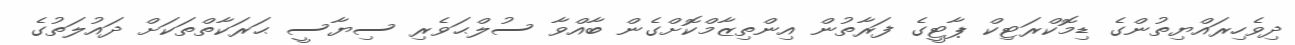
ދިވެހިރައްޔިތުންގެ ޑިމޮކްރަޓިކް ޕާޓީގެ ފަރާތުން އިންތިޒާމްކޮށްގެން ބާއްވާ ސުލްޙަވެރި ސިޔާސީ ޙަރަކާތްތަކަށް ދައުލަތުގެ